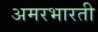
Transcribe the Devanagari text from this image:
अमरभारती